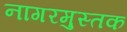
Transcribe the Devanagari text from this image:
नागरमुस्तक